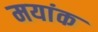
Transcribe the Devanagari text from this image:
मयांक